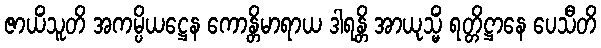
ဇာယိံသူတိ အကမ္ပိယဋ္ဌေန ကောန္တိမာရာယ ဒါရန္တိ အာယုသ္မိံ ရတ္တိဋ္ဌာနေ ပေသီတိ